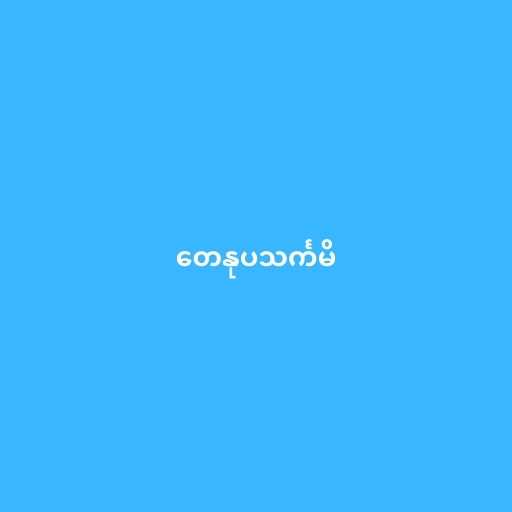
တေနုပသင်္ကမိ